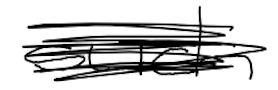
Text: such
Cross-out: scratch
Writing tool: digital_black